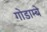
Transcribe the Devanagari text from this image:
गोडाम्बे